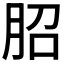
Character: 𦚔